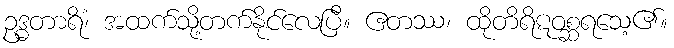
ဥဒ္ဓတာရိံ၊ အထက်သို့တက်နိုင်လေပြီ။ ဧတဿ၊ ထိုတိရိဋဝစ္ဆရသေ့၏။